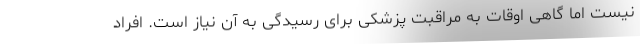
نیست اما گاهی اوقات به مراقبت پزشکی برای رسیدگی به آن نیاز است. افراد